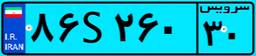
۸۶S۲۶۰۳۰